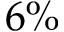
6 \%